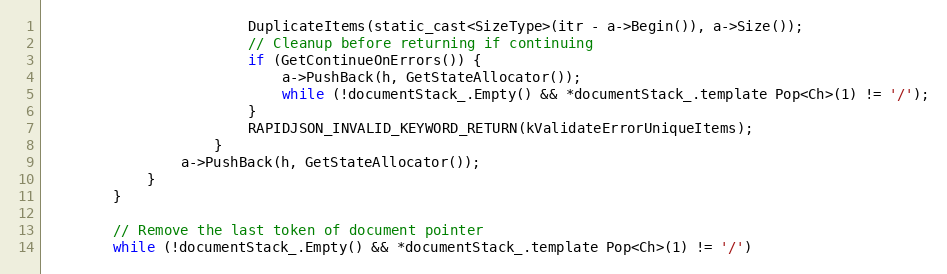
Language: C
                        DuplicateItems(static_cast<SizeType>(itr - a->Begin()), a->Size());
                        // Cleanup before returning if continuing
                        if (GetContinueOnErrors()) {
                            a->PushBack(h, GetStateAllocator());
                            while (!documentStack_.Empty() && *documentStack_.template Pop<Ch>(1) != '/');
                        }
                        RAPIDJSON_INVALID_KEYWORD_RETURN(kValidateErrorUniqueItems);
                    }
                a->PushBack(h, GetStateAllocator());
            }
        }

        // Remove the last token of document pointer
        while (!documentStack_.Empty() && *documentStack_.template Pop<Ch>(1) != '/')